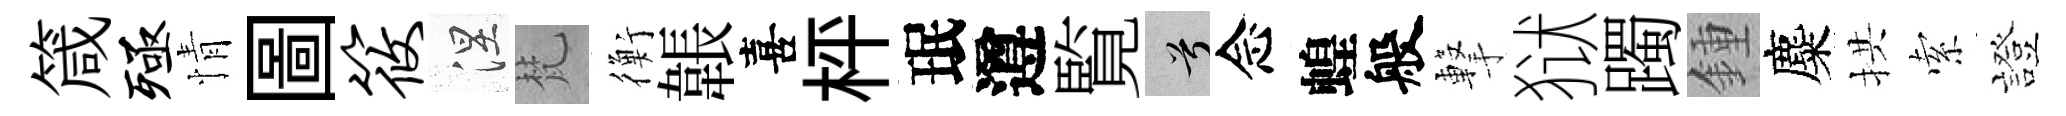
箴殛情圖筱涅梵衡韔喜枰珉遵覧兮念蝗般撃狱躅鍾麋拱索證